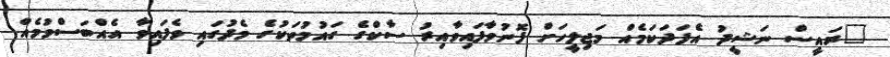
"ރައީސް ނަޝީދު އެފަދަކަމެއް މަޖިލީހަށް ފޮނުވާފައިވާއިރު ސާކްގެ ގައުމުތަކުގެ މެދުގައި ވެފައިވާ އެއްބަސްވުމެއް